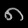
Digit: ၈